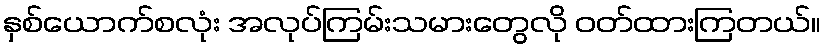
နှစ်ယောက်စလုံး အလုပ်ကြမ်းသမားတွေလို ဝတ်ထားကြတယ်။